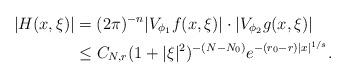
LaTeX: \begin{align*} |H(x,\xi)| &= (2\pi)^{-n} | V_{\phi_1} f (x,\xi)|\cdot |V_{\phi_2}g(x,\xi)| \\ &\leq C_{N,r} (1 + |\xi|^2)^{-(N-N_0)} e^{-(r_0-r) |x|^{1/s}}. \end{align*}